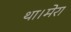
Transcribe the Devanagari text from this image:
था।मेरा